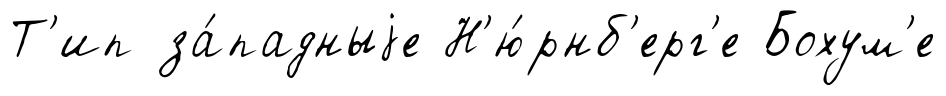
Т'ип за́падныjе Н'ю́рнб'ерг'е Бохум'е